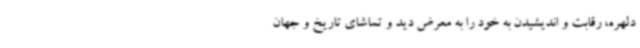
دلهره، رقابت و اندیشیدن به خود را به معرض دید و تماشای تاریخ و جهان